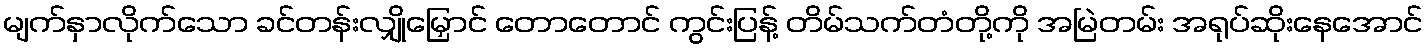
မျက်နှာလိုက်သော ခင်တန်းလျှိုမြှောင် တောတောင် ကွင်းပြန့် တိမ်သက်တံတို့ကို အမြဲတမ်း အရုပ်ဆိုးနေအောင်